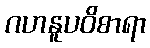
ဂဟနူပဝိစာရာ